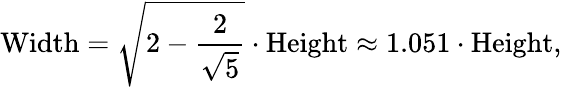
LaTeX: {\mathrm{Width}}={\sqrt{2-{\frac{2}{\sqrt{5}}}}}\cdot{\mathrm{Height}}\approx 1.051\cdot{\mathrm{Height}},